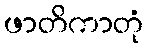
ဖာတိကာတုံ